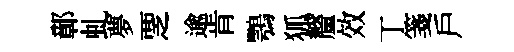
鄣虬夢覂逾肯鶚狐釐效丁箋戶